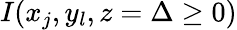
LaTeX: I(x_{j},y_{l},z=\Delta\ge 0)